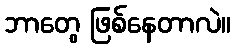
ဘာတွေ ဖြစ်နေတာလဲ။